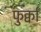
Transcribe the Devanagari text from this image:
फुर्क्वाँ